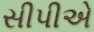
સીપીએ